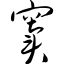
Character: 窦